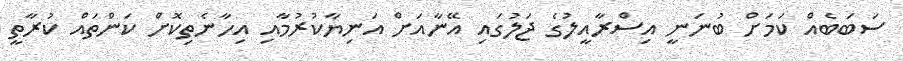
ސަބަބެއް ކަމަށް ބުނަނީ އިސްރާއީލުގެ ޖަލުގައި އޭނާއަށް އަނިޔާކުރުމާއި އިހާނެތިކޮށް ކަންތައް ކުރާތީ